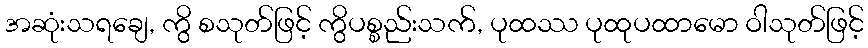
အဆုံးသရချေ, ကွိ စသုတ်ဖြင့် ကွိပစ္စည်းသက်, ပုထဿ ပုထုပထာမော ဝါသုတ်ဖြင့်